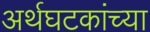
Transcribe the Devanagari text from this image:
अर्थघटकांच्या